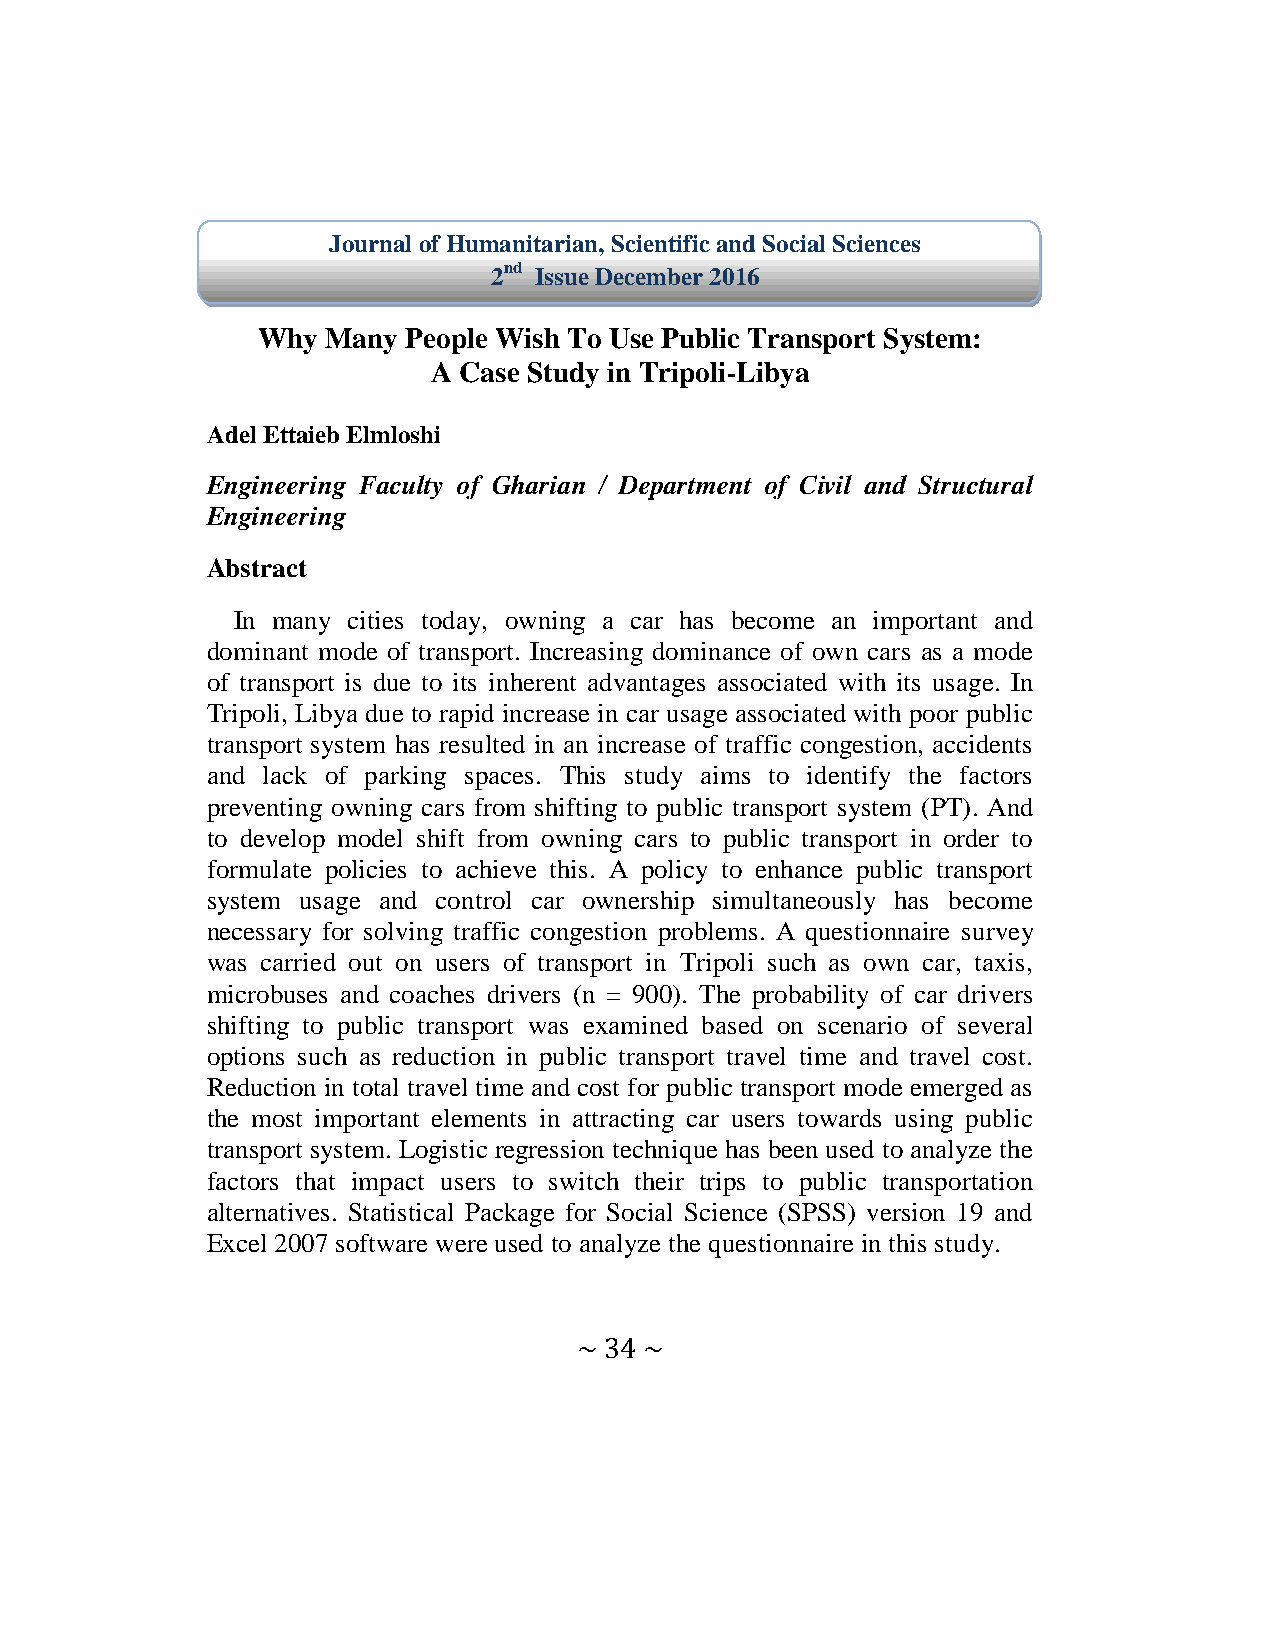
Journal of Humanitarian, Scientific and Social Sciences
 2nd Issue December 2016
 Why  Many People Wish To Use Public Transport System:
 A Case Study in Tripoli-Libya
 Adel Ettaieb Elmloshi
 Engineering Faculty of Gharian / Department of Civil and Structural
 Engineering
 Abstract
 In many cities today, owning a car has become an important and
 dominant mode of transport. Increasing dominance of own cars as a mode
 of transport is due to its inherent advantages associated with its usage. In
 Tripoli, Libya due to rapid increase in car usage associated with poor public
 transport system has resulted in an increase of traffic congestion, accidents
 and lack of parking spaces. This study aims to identify the factors
 preventing owning cars from shifting to public transport system (PT). And
 to develop model shift from owning cars to public transport in order to
 formulate policies to achieve this. A policy to enhance public transport
 system usage and control car ownership simultaneously has become
 necessary for solving traffic congestion problems. A questionnaire survey
 was carried out on users of transport in Tripoli such as own car, taxis,
 microbuses and coaches drivers (n = 900). The probability of car drivers
 shifting to public transport was examined based on scenario of several
 options such as reduction in public transport travel time and travel cost.
 Reduction in total travel time and cost for public transport mode emerged as
 the most important elements in attracting car users towards using public
 transport system. Logistic regression technique has been used to analyze the
 factors that impact users to switch their trips to public transportation
 alternatives. Statistical Package for Social Science (SPSS) version 19 and
 Excel 2007 software were used to analyze the questionnaire in this study.
 ~ 34 ~